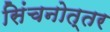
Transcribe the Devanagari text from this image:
सिंचनोत्तर